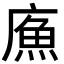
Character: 𢊧